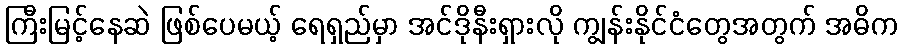
ကြီးမြင့်နေဆဲ ဖြစ်ပေမယ့် ရေရှည်မှာ အင်ဒိုနီးရှားလို ကျွန်းနိုင်ငံတွေအတွက် အဓိက